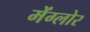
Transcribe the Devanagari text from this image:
मेंग्लोर